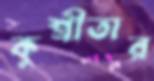
কুশ্রীতার